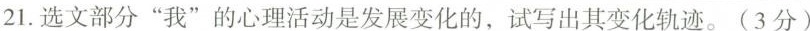
21.选文部分“我”的心理活动是发展变化的，试写出其变化轨迹。(3分)